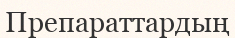
Препараттардың